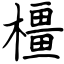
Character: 橿